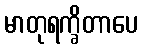
မာတုရက္ခိတာပေ